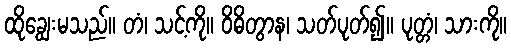
ထိုချွေးမသည်။ တံ၊ သင့်ကို။ ဝိဓိတွာန၊ သတ်ပုတ်၍။ ပုတ္တံ၊ သားကို။